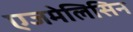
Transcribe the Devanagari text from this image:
एजमेलिसिन